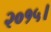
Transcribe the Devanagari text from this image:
२०१५।